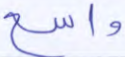
واسع